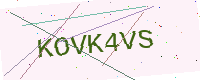
Text: KOVK4VS